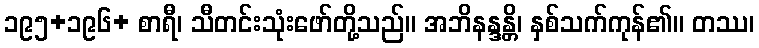
၁၉၅+၁၉၆+ စာရီ၊ သီတင်းသုံးဖော်တို့သည်။ အဘိနန္ဒန္တိ၊ နှစ်သက်ကုန်၏။ တဿ၊